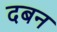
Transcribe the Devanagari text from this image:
दबन